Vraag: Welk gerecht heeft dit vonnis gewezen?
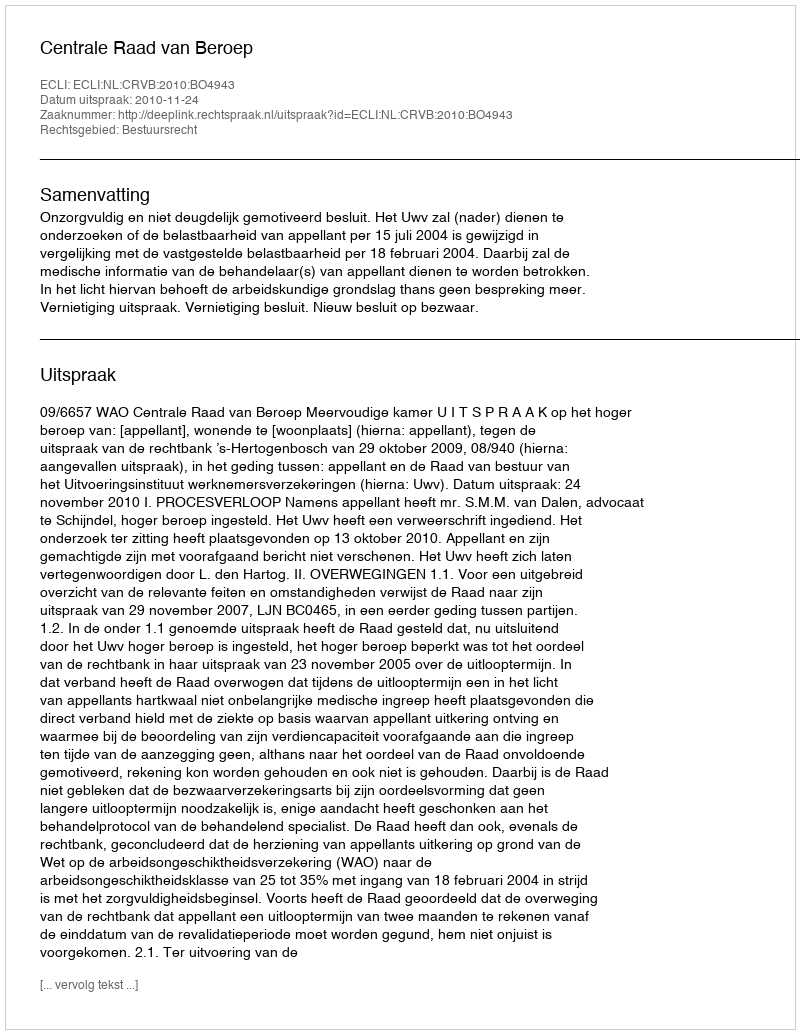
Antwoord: Centrale Raad van Beroep